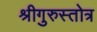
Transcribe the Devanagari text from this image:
श्रीगुरुस्तोत्र